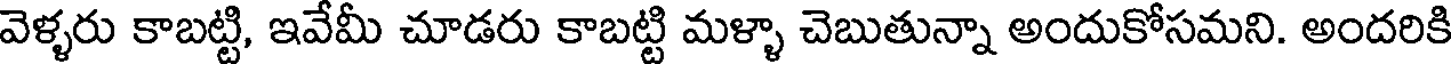
వెళ్ళరు కాబట్టి, ఇవేమీ చూడరు కాబట్టి మళ్ళా చెబుతున్నా అందుకోసమని. అందరికి